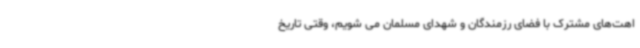
اهت‌های مشترک با فضای رزمندگان و شهدای مسلمان می شویم، وقتی تاریخ